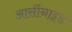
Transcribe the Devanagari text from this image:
आर्सीनाइड